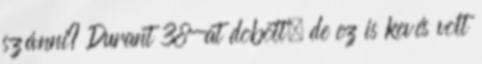
szánni? Durant 38-at dobott, de ez is kevés volt